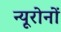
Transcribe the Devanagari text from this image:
न्यूरोनों